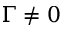
\Gamma \neq 0